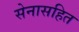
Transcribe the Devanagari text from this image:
सेनासहित